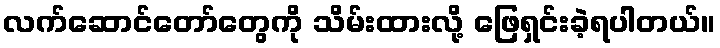
လက်ဆောင်တော်တွေကို သိမ်းထားလို့ ဖြေရှင်းခဲ့ရပါတယ်။